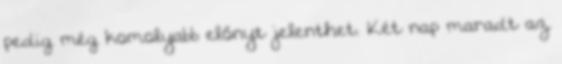
pedig még komolyabb előnyt jelenthet. Két nap maradt az